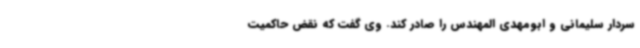
سردار سلیمانی و ابومهدی المهندس را صادر کند. وی گفت که نقض حاکمیت